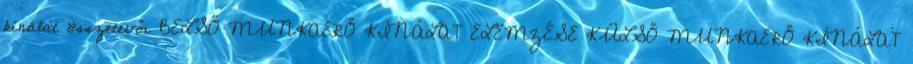
kínálat összetevői BELSŐ MUNKAERŐ KÍNÁLAT ELEMZÉSE KÜLSŐ MUNKAERŐ KÍNÁLAT